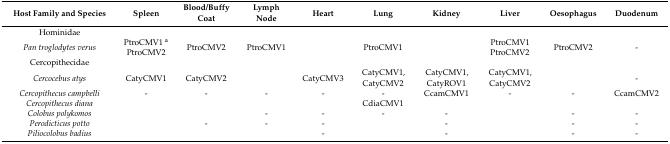
<table><thead><tr><td><b>Host Family and Species</b></td><td><b>Spleen</b></td><td><b>Blood/Buffy Coat</b></td><td><b>Lymph Node</b></td><td><b>Heart</b></td><td><b>Lung</b></td><td><b>Kidney</b></td><td><b>Liver</b></td><td><b>Oesophagus</b></td><td><b>Duodenum</b></td></tr></thead><tbody><tr><td>Hominidae</td><td></td><td></td><td></td><td></td><td></td><td></td><td></td><td></td><td></td></tr><tr><td><i>Pan troglodytes verus</i></td><td>PtroCMV1 <sup>a</sup> PtroCMV2</td><td>PtroCMV2</td><td>PtroCMV1</td><td></td><td>PtroCMV1</td><td></td><td>PtroCMV1 PtroCMV2</td><td>PtroCMV2</td><td>-</td></tr><tr><td>Cercopithecidae</td><td></td><td></td><td></td><td></td><td></td><td></td><td></td><td></td><td></td></tr><tr><td><i>Cercocebus atys</i></td><td>CatyCMV1</td><td>CatyCMV2</td><td></td><td>CatyCMV3</td><td>CatyCMV1, CatyCMV2</td><td>CatyCMV1, CatyROV1</td><td>CatyCMV1, CatyCMV2</td><td></td><td>-</td></tr><tr><td><i>Cercopithecus campbelli</i></td><td>-</td><td>-</td><td>-</td><td>-</td><td>-</td><td>CcamCMV1</td><td>-</td><td>-</td><td>CcamCMV2</td></tr><tr><td><i>Cercopithecus diana</i></td><td></td><td></td><td></td><td></td><td>CdiaCMV1</td><td></td><td></td><td></td><td></td></tr><tr><td><i>Colobus polykomos</i></td><td></td><td></td><td>-</td><td>-</td><td>-</td><td>-</td><td></td><td>-</td><td>-</td></tr><tr><td><i>Perodicticus potto</i></td><td></td><td>-</td><td>-</td><td>-</td><td></td><td>-</td><td></td><td>-</td><td>-</td></tr><tr><td><i>Piliocolobus badius</i></td><td></td><td></td><td></td><td>-</td><td></td><td>-</td><td></td><td>-</td><td>-</td></tr></tbody></table>